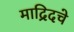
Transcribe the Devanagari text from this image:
माद्रिदचे